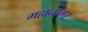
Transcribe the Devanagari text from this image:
महानागर